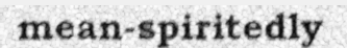
mean-spiritedly